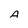
Character: A